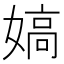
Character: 𡠀